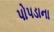
પોપડાના